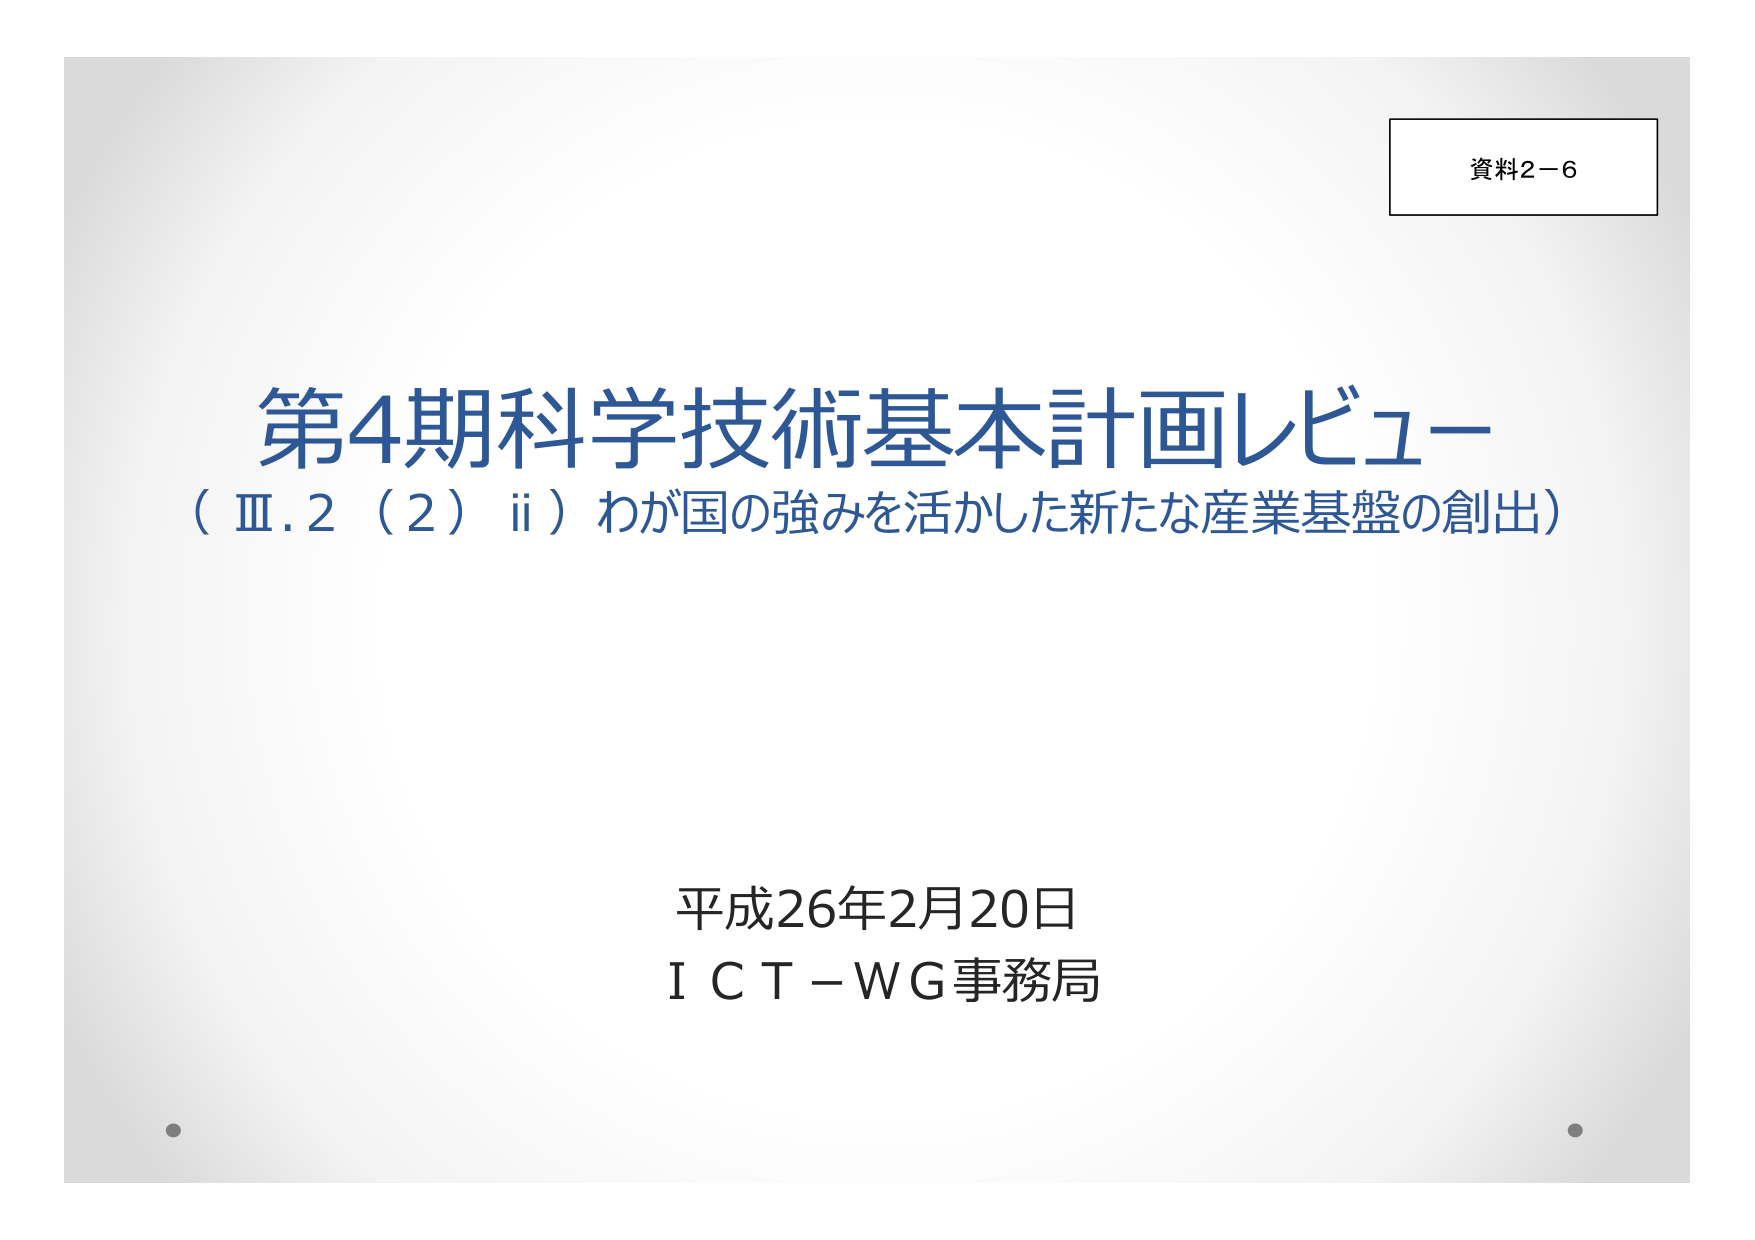
資料2－6

第4期科学技術基本計画レビュー
（Ⅲ.2（2）ii）わが国の強みを活かした新たな産業基盤の創出）

平成26年2月20日
ＩＣＴ－ＷＧ事務局